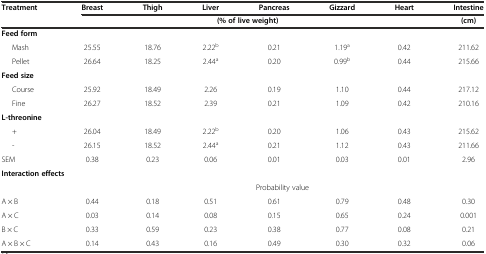
<table><thead><tr><td><b>Treatment</b></td><td><b>Breast</b></td><td><b>Thigh</b></td><td><b>Liver</b></td><td><b>Pancreas</b></td><td><b>Gizzard</b></td><td><b>Heart</b></td><td><b>Intestine</b></td></tr><tr><td></td><td colspan="6"><b>(% of live weight)</b></td><td><b>(cm)</b></td></tr></thead><tbody><tr><td><b>Feed form</b></td><td></td><td></td><td></td><td></td><td></td><td></td><td></td></tr><tr><td>Mash</td><td>25.55</td><td>18.76</td><td>2.22<sup>b</sup></td><td>0.21</td><td>1.19<sup>a</sup></td><td>0.42</td><td>211.62</td></tr><tr><td>Pellet</td><td>26.64</td><td>18.25</td><td>2.44<sup>a</sup></td><td>0.20</td><td>0.99<sup>b</sup></td><td>0.44</td><td>215.66</td></tr><tr><td><b>Feed size</b></td><td></td><td></td><td></td><td></td><td></td><td></td><td></td></tr><tr><td>Course</td><td>25.92</td><td>18.49</td><td>2.26</td><td>0.19</td><td>1.10</td><td>0.44</td><td>217.12</td></tr><tr><td>Fine</td><td>26.27</td><td>18.52</td><td>2.39</td><td>0.21</td><td>1.09</td><td>0.42</td><td>210.16</td></tr><tr><td><b>L-threonine</b></td><td></td><td></td><td></td><td></td><td></td><td></td><td></td></tr><tr><td>+</td><td>26.04</td><td>18.49</td><td>2.22<sup>b</sup></td><td>0.20</td><td>1.06</td><td>0.43</td><td>215.62</td></tr><tr><td>-</td><td>26.15</td><td>18.52</td><td>2.44<sup>a</sup></td><td>0.21</td><td>1.12</td><td>0.43</td><td>211.66</td></tr><tr><td>SEM</td><td>0.38</td><td>0.23</td><td>0.06</td><td>0.01</td><td>0.03</td><td>0.01</td><td>2.96</td></tr><tr><td colspan="8"><b>Interaction effects</b></td></tr><tr><td></td><td colspan="7">Probability value</td></tr><tr><td>A × B</td><td>0.44</td><td>0.18</td><td>0.51</td><td>0.61</td><td>0.79</td><td>0.48</td><td>0.30</td></tr><tr><td>A × C</td><td>0.03</td><td>0.14</td><td>0.08</td><td>0.15</td><td>0.65</td><td>0.24</td><td>0.001</td></tr><tr><td>B × C</td><td>0.33</td><td>0.59</td><td>0.23</td><td>0.38</td><td>0.77</td><td>0.08</td><td>0.21</td></tr><tr><td>A × B × C</td><td>0.14</td><td>0.43</td><td>0.16</td><td>0.49</td><td>0.30</td><td>0.32</td><td>0.06</td></tr></tbody></table>